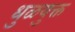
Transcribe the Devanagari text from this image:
धुळयुक्त